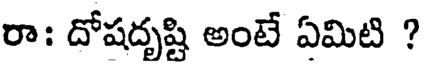
రా: దోషదృష్టి అంటే ఏమిటి ?